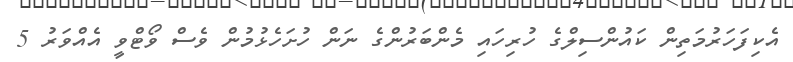
އެކިފަހަރުމަތިން ކައުންސިލްގެ ހުރިހައި މެންބަރުންގެ ނަން ހުށަހެޅުމުން ވެސް ވޯޓްވީ އެއްވަރު 5